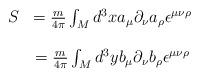
LaTeX: \begin{align*}\begin{array}{lcr}S&={m\over 4\pi}\int_{M}{d^{3}x}a_{\mu}\partial_{\nu}a_{\rho}\epsilon^{\mu\nu\rho}\\\\&={m\over4\pi}\int_{M}{d^{3}y}b_{\mu}\partial_{\nu}b_{\rho}\epsilon^{\mu\nu\rho}\end{array}\end{align*}